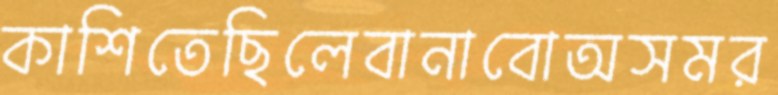
কাশিতেছিলেবানাবোঅসমর